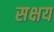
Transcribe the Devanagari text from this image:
सक्षय